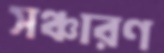
সঞ্চারণ